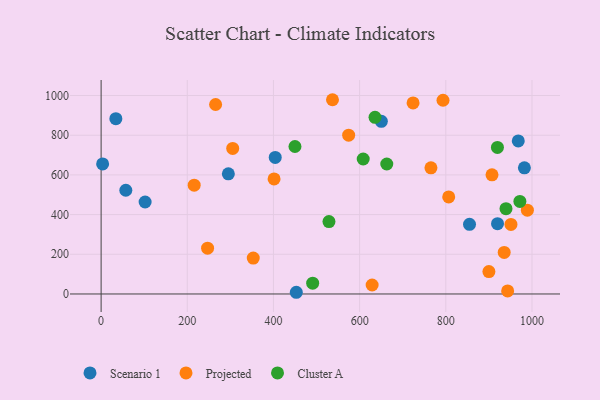
{"axis": {"x": "Experience", "y": "Rating"}, "legend": ["Cluster A", "Projected", "Scenario 1"], "data": [{"x": "102.1", "y": 463.4, "type": "Scenario 1"}, {"x": "295.3", "y": 605.4, "type": "Scenario 1"}, {"x": "3.5", "y": 655.5, "type": "Scenario 1"}, {"x": "404.1", "y": 688.3, "type": "Scenario 1"}, {"x": "650.4", "y": 870.1, "type": "Scenario 1"}, {"x": "920.0", "y": 354.2, "type": "Scenario 1"}, {"x": "453.0", "y": 8.6, "type": "Scenario 1"}, {"x": "34.2", "y": 883.2, "type": "Scenario 1"}, {"x": "968.2", "y": 771.4, "type": "Scenario 1"}, {"x": "855.0", "y": 350.8, "type": "Scenario 1"}, {"x": "982.4", "y": 635.8, "type": "Scenario 1"}, {"x": "57.3", "y": 522.6, "type": "Scenario 1"}, {"x": "216.0", "y": 548.3, "type": "Projected"}, {"x": "574.5", "y": 800.1, "type": "Projected"}, {"x": "943.5", "y": 15.3, "type": "Projected"}, {"x": "900.0", "y": 113.1, "type": "Projected"}, {"x": "265.7", "y": 954.8, "type": "Projected"}, {"x": "305.4", "y": 733.6, "type": "Projected"}, {"x": "353.1", "y": 181.1, "type": "Projected"}, {"x": "401.4", "y": 579.6, "type": "Projected"}, {"x": "935.5", "y": 209.3, "type": "Projected"}, {"x": "907.2", "y": 600.7, "type": "Projected"}, {"x": "806.7", "y": 488.9, "type": "Projected"}, {"x": "537.0", "y": 978.9, "type": "Projected"}, {"x": "629.0", "y": 45.3, "type": "Projected"}, {"x": "793.5", "y": 976.2, "type": "Projected"}, {"x": "951.2", "y": 350.6, "type": "Projected"}, {"x": "989.3", "y": 422.5, "type": "Projected"}, {"x": "247.1", "y": 230.9, "type": "Projected"}, {"x": "724.0", "y": 962.9, "type": "Projected"}, {"x": "765.5", "y": 635.6, "type": "Projected"}, {"x": "663.0", "y": 655.0, "type": "Cluster A"}, {"x": "971.9", "y": 466.6, "type": "Cluster A"}, {"x": "608.3", "y": 680.2, "type": "Cluster A"}, {"x": "635.7", "y": 890.1, "type": "Cluster A"}, {"x": "491.0", "y": 54.6, "type": "Cluster A"}, {"x": "449.9", "y": 743.3, "type": "Cluster A"}, {"x": "939.7", "y": 429.8, "type": "Cluster A"}, {"x": "528.8", "y": 364.7, "type": "Cluster A"}, {"x": "919.8", "y": 738.3, "type": "Cluster A"}]}